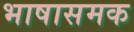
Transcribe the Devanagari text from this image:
भाषासमक